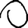
Digit: 0